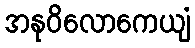
အနုဝိလောကေယျံ